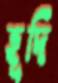
হূদি